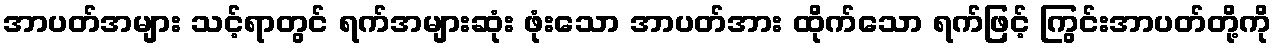
အာပတ်အများ သင့်ရာတွင် ရက်အများဆုံး ဖုံးသော အာပတ်အား ထိုက်သော ရက်ဖြင့် ကြွင်းအာပတ်တို့ကို